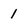
Character: 1